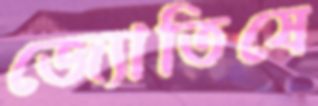
জ্যোতিষে